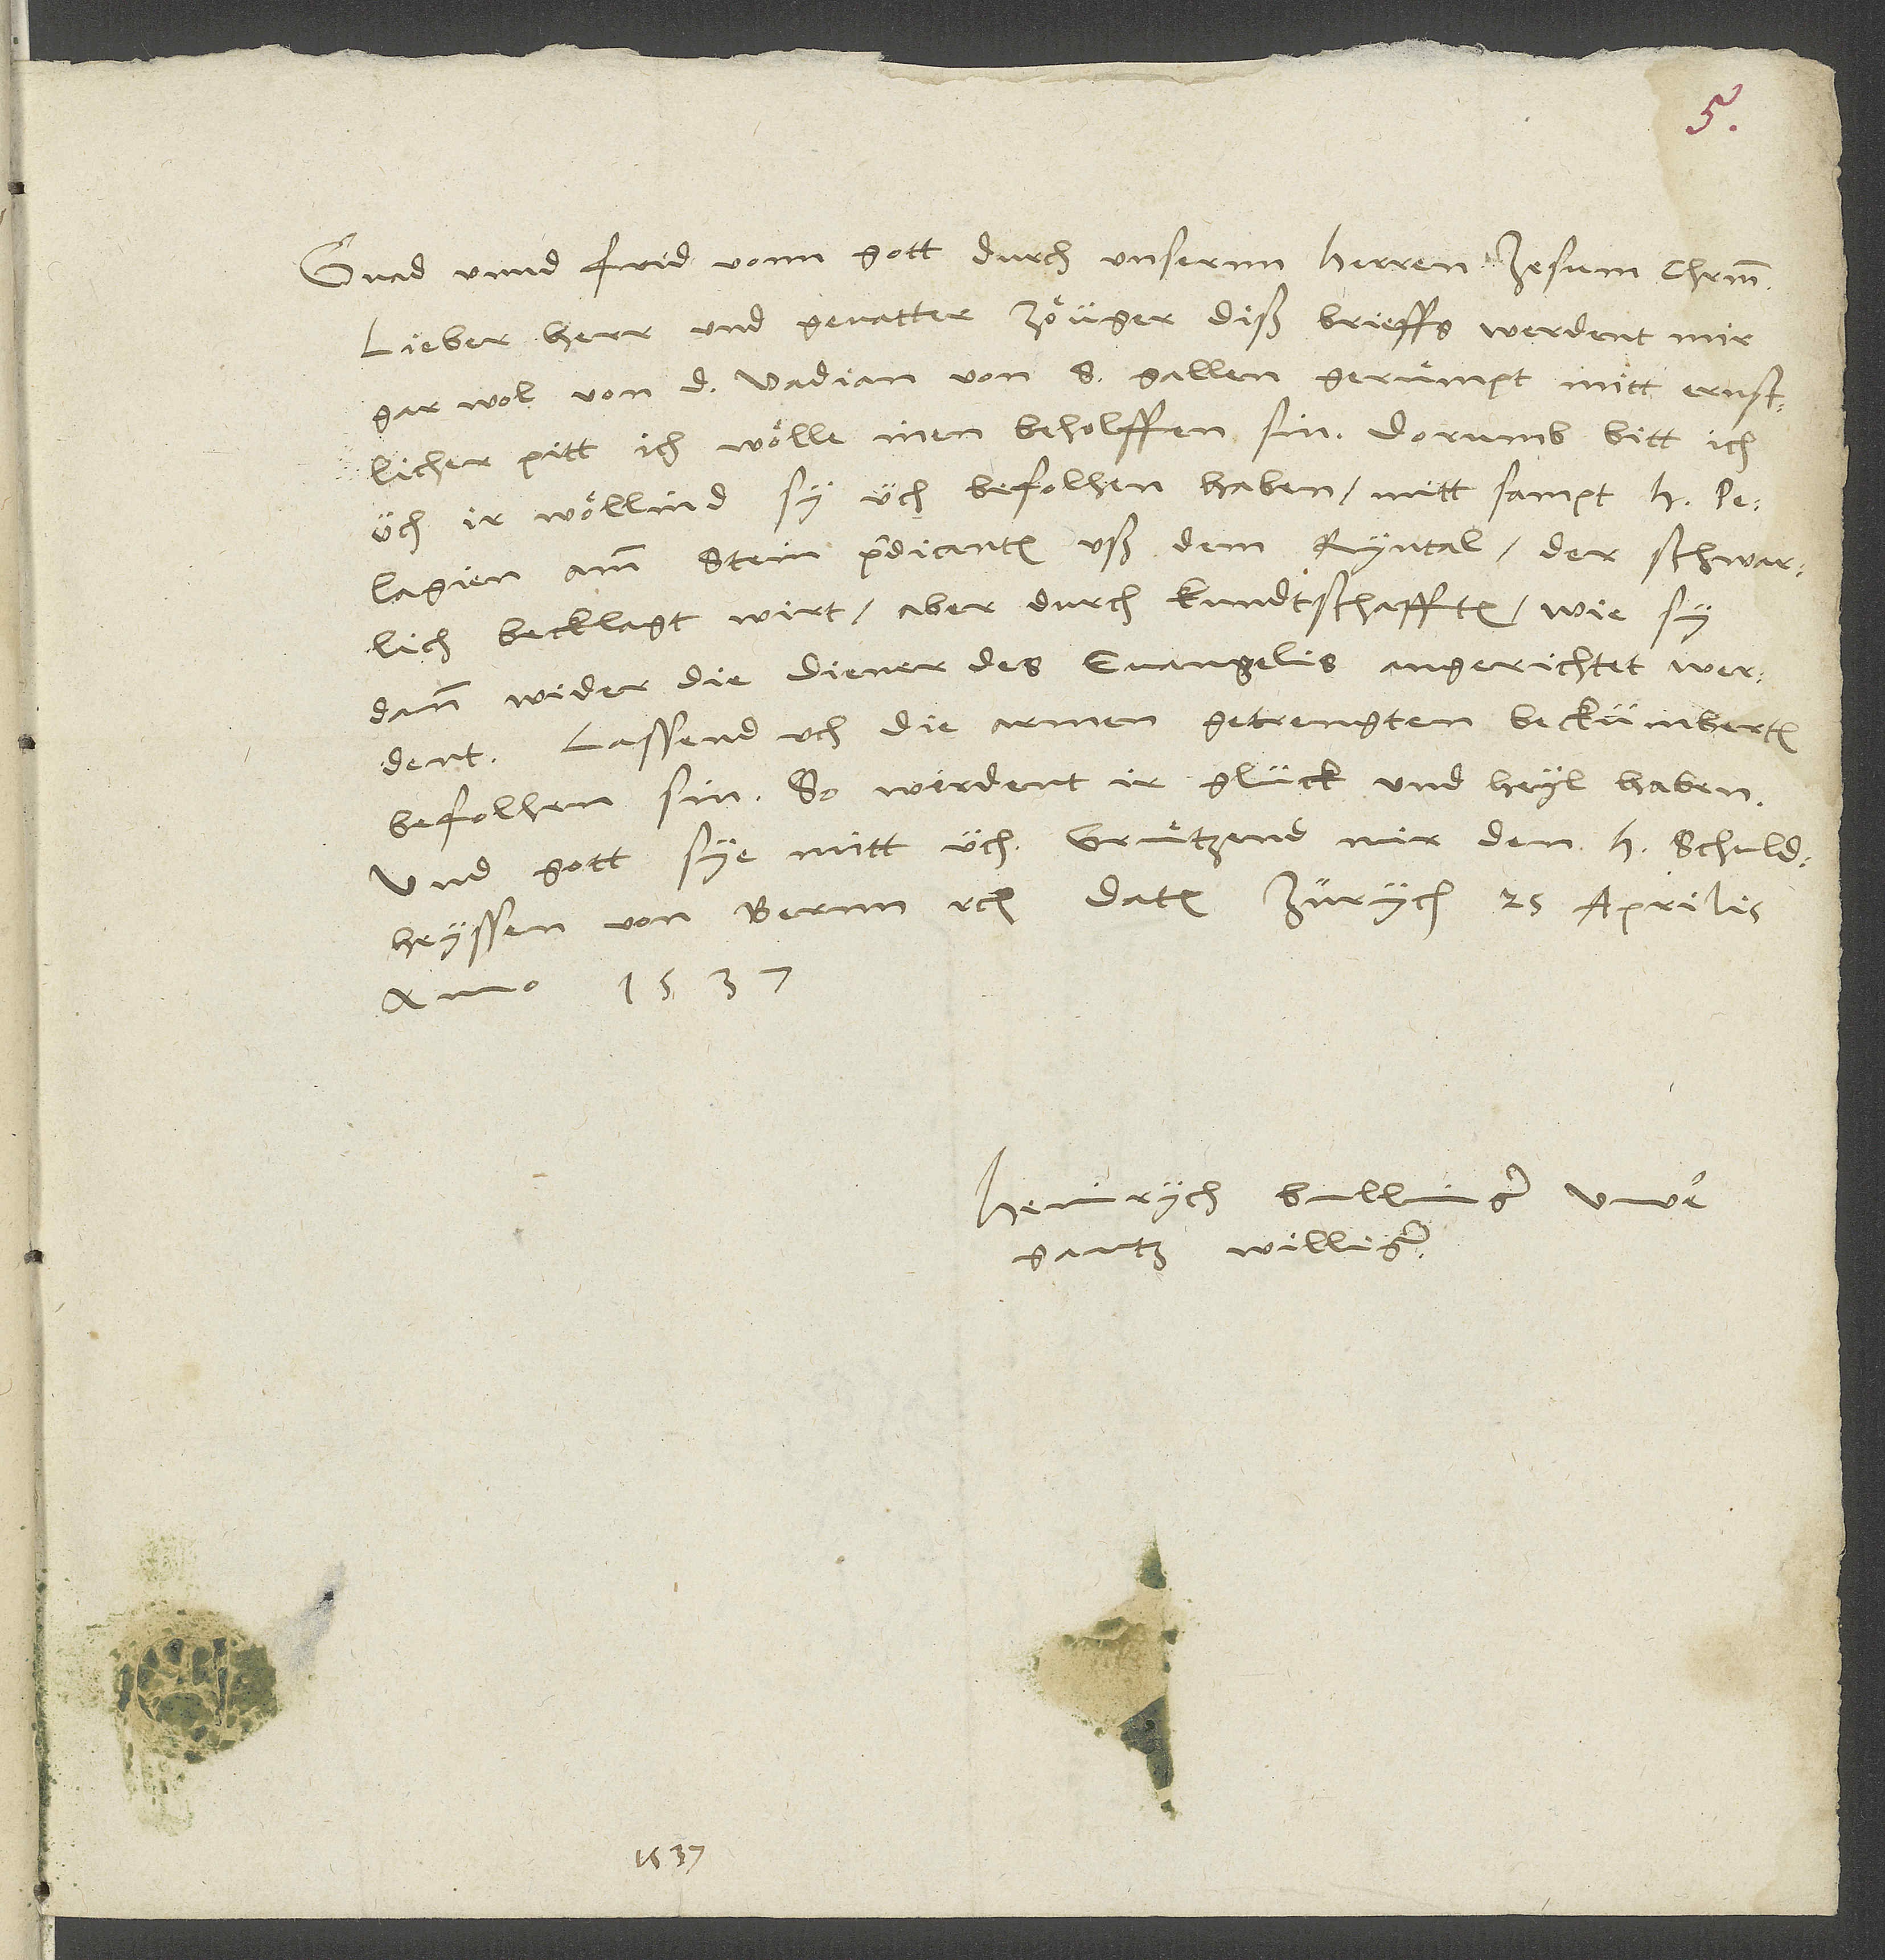
Gnad unnd frid vonn gott durch unsernn herren Jesum Christum.
Lieber herr und gevatter, zöüger diß brieffs werdent mir
gar wol von d. Vadian von S. Gallen geruͤmpt mitt ernstlicher
pitt, ich wölle inen beholffen sin. Dorumb bitt ich
üch, ir wöllind sy üch befolhen haben mitt sampt h
Pelagien Amin Stein, predicanten uß dem Ryntal, der schwarlich
becklagt wirt, aber durch kundtschafften, wie sy
dann wider die diener des euangelis angerichtet werdent.
Lassend uch die armen, getrengten, beckümberten
befolhen sin, so werdent ir glück und heyl haben.
anno 1537.
Heinrych Bullinger, uwer
gantz williger.